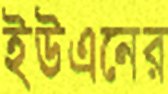
ইউএনের